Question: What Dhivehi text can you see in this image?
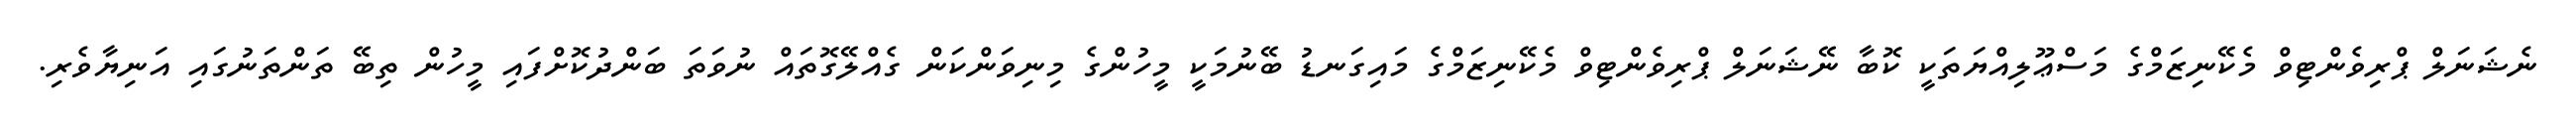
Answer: ނެޝަނަލް ޕްރިވެންޓިވް މެކޭނިޒަމްގެ މަސްޢޫލިއްޔަތަކީ ކޮބާ ނޭޝަނަލް ޕްރިވެންޓިވް މެކޭނިޒަމްގެ މައިގަނޑު ބޭނުމަކީ މީހުންގެ މިނިވަންކަން ގެއްލޭގޮތައް ނުވަތަ ބަންދުކޮށްފައި މީހުން ތިބޭ ތަންތަނުގައި އަނިޔާވެރި.